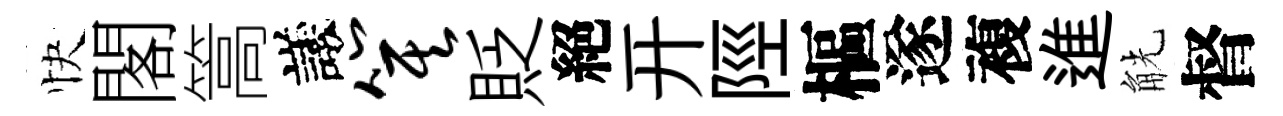
快閣篙議箕貶絕开陘樞遂複進觥督